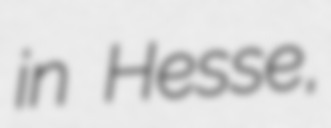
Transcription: in Hesse,